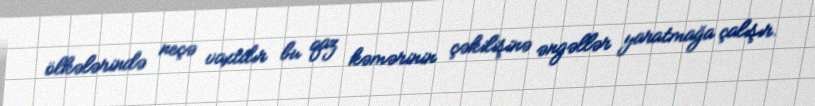
ölkələrində neçə vaxtdır bu qaz kəmərinin çəkilişinə əngəllər yaratmağa çalışır.